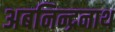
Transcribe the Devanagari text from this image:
अबनिन्द्रनाथ